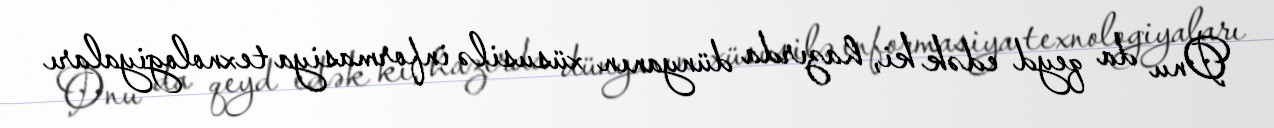
Onu da qeyd edək ki, hazırda dünyanın xüsusilə informasiya texnologiyaları